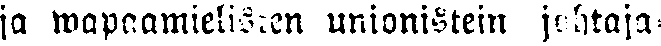
ja wapaamielisten unionistein johtaja-